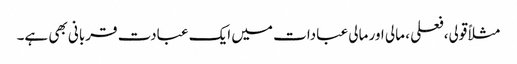
مثلاً قولی،فعلی ، مالی اور مالی عبادات میں ایک عبادت قربانی بھی ہے۔